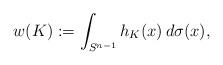
LaTeX: \begin{align*}w(K):=\int_{S^{n-1}}h_K(x)\,d\sigma (x),\end{align*}